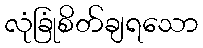
လုံခြုံစိတ်ချရသော